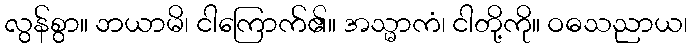
လွန်စွာ။ ဘယာမိ၊ ငါကြောက်၏။ အသ္မာကံ၊ ငါတို့ကို။ ဝဓသညာယ၊